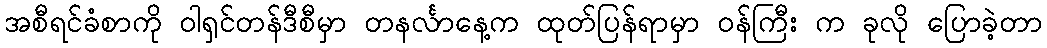
အစီရင်ခံစာကို ဝါရှင်တန်ဒီစီမှာ တနင်္လာနေ့က ထုတ်ပြန်ရာမှာ ဝန်ကြီး က ခုလို ပြောခဲ့တာ